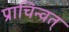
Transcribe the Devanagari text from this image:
प्राचिन्वत्‌